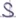
Text: S